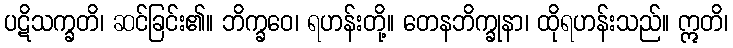
ပဋိသက္ခတိ၊ ဆင်ခြင်း၏။ ဘိက္ခဝေ၊ ရဟန်းတို့။ တေနဘိက္ခုနာ၊ ထိုရဟန်းသည်။ ဣတိ၊